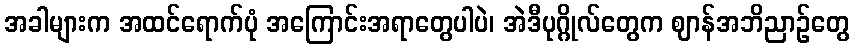
အခါများက အထင်ရောက်ပုံ အကြောင်းအရာတွေပါပဲ၊ အဲဒီပုဂ္ဂိုလ်တွေက ဈာန်အဘိညာဉ်တွေ